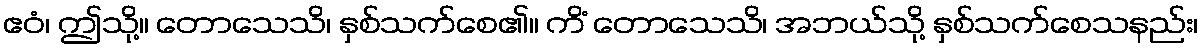
ဧဝံ၊ ဤသို့။ တောသေသိ၊ နှစ်သက်စေ၏။ ကိံ တောသေသိ၊ အဘယ်သို့ နှစ်သက်စေသနည်း၊